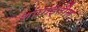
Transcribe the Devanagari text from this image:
शांघाइतील